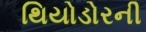
થિયોડોરની